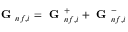
\textbf { G } _ { n f , i } = \textbf { G } _ { n f , i } ^ { + } + \textbf { G } _ { n f , i } ^ { - }